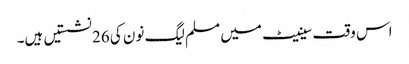
اس وقت سینیٹ میں مسلم لیگ نون کی 26 نشستیں ہیں۔